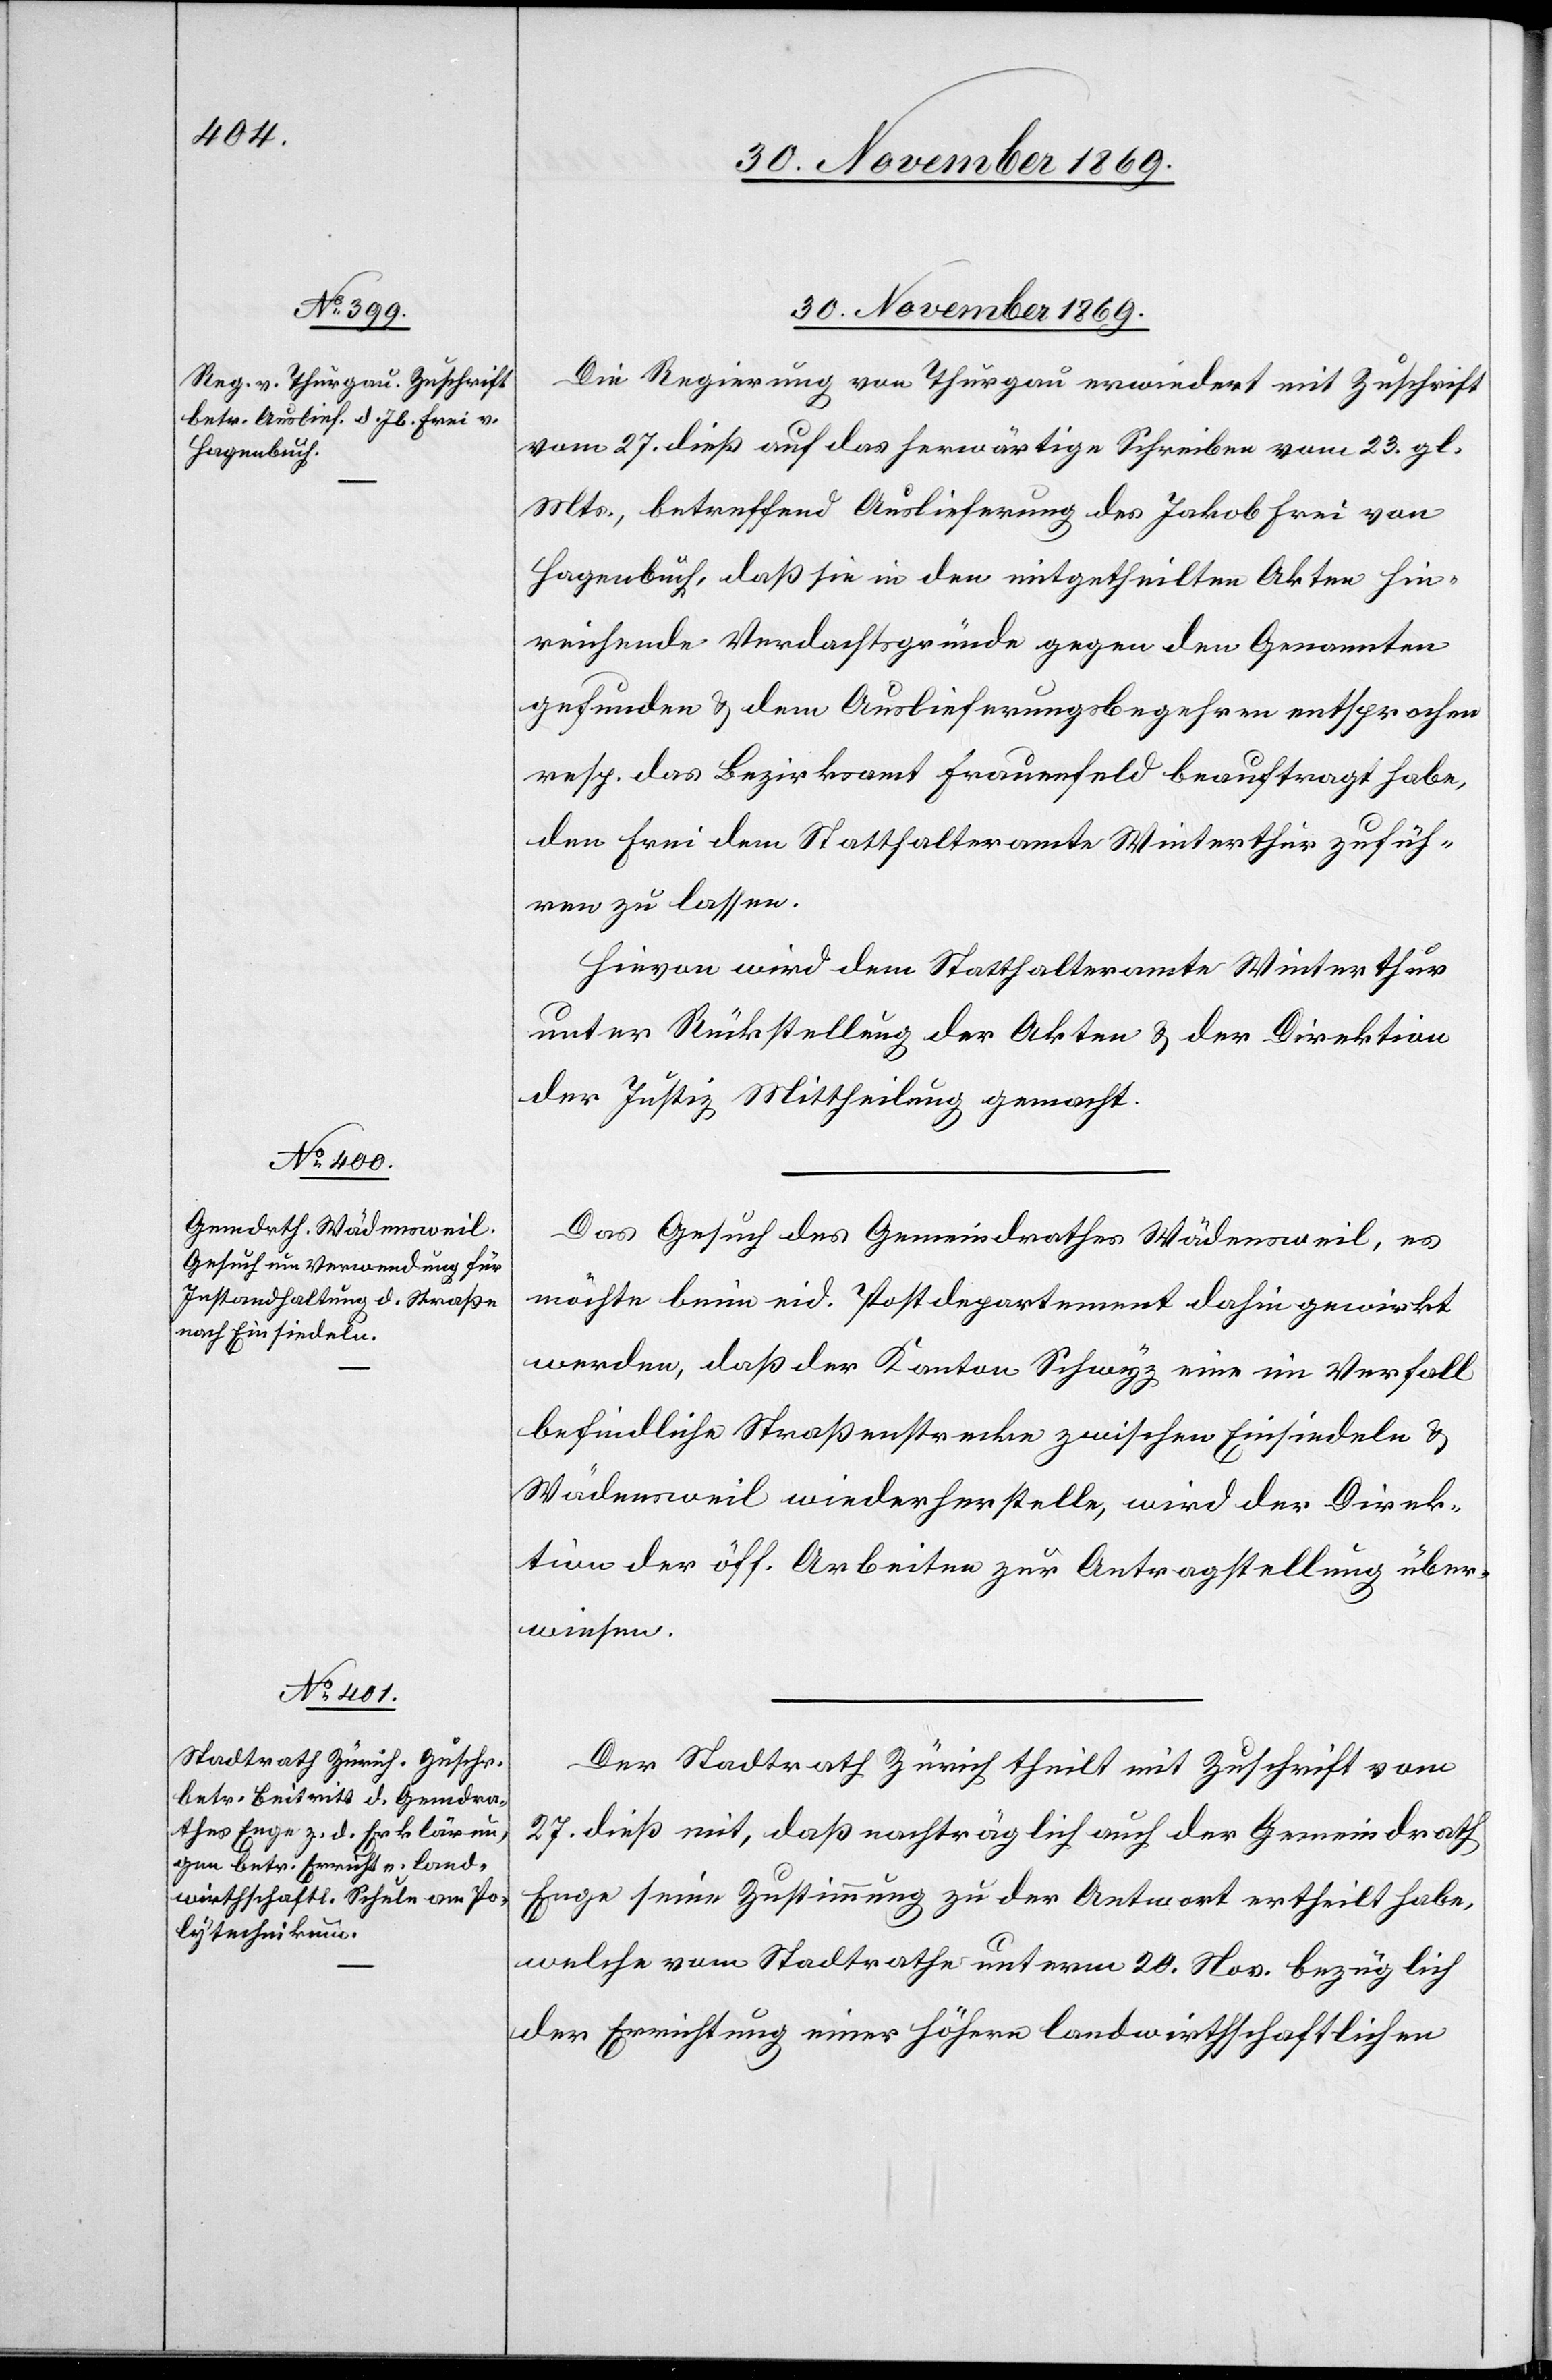
30. November 1869.]
Die Regierung von Thurgau erwiedert mit Zuschrift
vom 27. dieß auf das herwärtige Schreiben vom 23. gl.
Mts., betreffend Auslieferung des Jakob Frei von
Hagenbuch, daß sie in den mitgetheilten Akten hin¬
reichende Verdachtsgründe gegen den Genannten
gefunden & dem Auslieferungsbegehren entsprochen
resp. das Bezirksamt Frauenfeld beauftragt habe,
den Frei dem Statthalteramte Winterthur zufüh¬
ren zu lassen.
Hievon wird dem Statthalteramte Winterthur
unter Rückstellung der Akten & der Direktion
der Justiz Mittheilung gemacht.
Das Gesuch des Gemeindrathes Wädensweil, es
möchte beim eid. Postdepartement dahin gewirkt
werden, daß der Kanton Schwyz eine im Verfall
befindliche Straßenstrecke zwischen Einsiedeln &
Wädensweil wiederherstelle, wird der Direk¬
tion der öff. Arbeiten zur Antragstellung über¬
wiesen.
Der Stadtrath Zürich theilt mit Zuschrift vom
27. dieß mit, daß nachträglich auch der Gemeindrath
Enge seine Zustimmung zu der Antwort ertheilt habe,
welche vom Stadtrathe unterm 20. Nov. bezüglich
der Errichtung einer höhern landwirthschaftlichen